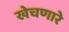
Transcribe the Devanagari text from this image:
खेचणारे